Mental hospitals Bombay report 1929-33 - 1929-1933
Year: 1929
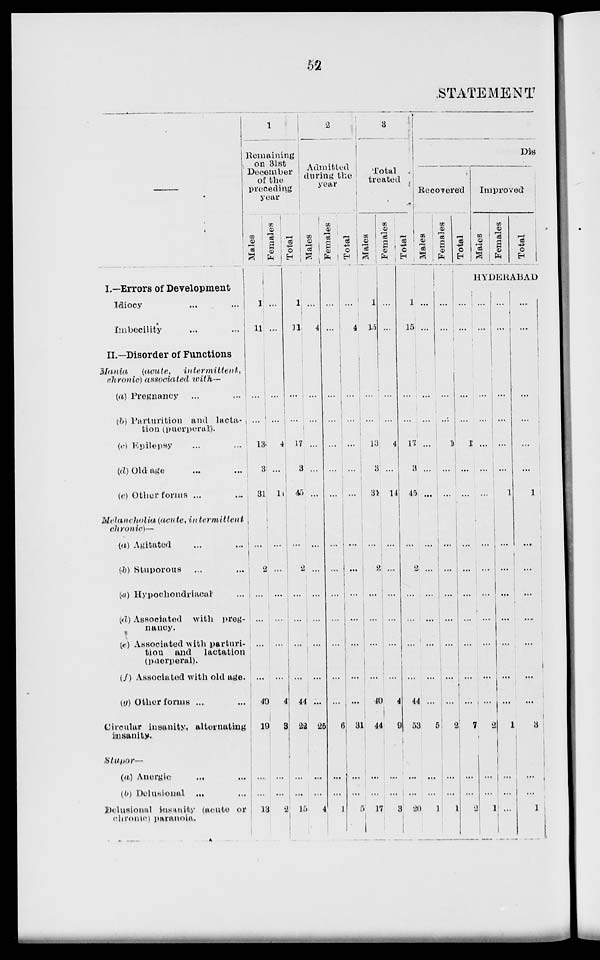
52
STATEMENT
—
I.—Errors of Development
Idiocy ... ...
Imbecility ... ...
II.—Disorder of Functions
Mania
(acute,
intermittent,
chronic) associated with—
(a) Pregnancy
...
....
(b) Parturition and lacta-
fcion (puerperal).
(c) Epilepsy
(d) Old age
(e) Other forms ...
Melancholia (acute, in termittent
chronic)—
(a) Agitated
(b) Stuporous
(c) Hypochondriacal
(d) Associated with preg-
nancy.
(e) Associated with parturi-
tion and lactation
(puerperal).
(f) Associated with old age.
(g) Other forms ...
Circular insanity, alternating
insanity.
Stupor—
(a) Anergic ... ...
(b) Delusional ... ...
Delusional insanity (acute or
chrome) paranoia.
1
Remaining
on 31st
December
of the
preceding
year
Males
1
11
...
...
13
3
31
...
2
...
...
...
...
40
19
...
...
13
Females
...
...
...
...
4
...
l4
...
...
...
...
...
...
4
3
...
...
2
Total
1
11
...
...
17
3
45
...
2
...
...
...
...
44
22
...
...
15
2
Admitted
during the
year
Males
...
4
...
...
...
...
...
...
...
...
...
...
...
...
26
...
...
4
Females
...
...
...
...
...
...
...
...
...
...
...
...
...
...
56
...
...
1
Total
...
4
...
...
...
...
...
...
...
...
...
...
...
31
...
...
5
3
Total
treated
Males
1
15
...
...
13
3
31
...
2
...
...
...
...
40
44
...
...
17
Females
...
...
...
4
...
14
...
...
...
....
...
...
4
9
...
...
3
Total
1
15
...
...
11
45
...
...
...
...
...
...
44
53
...
...
20
Dis
Recovered
Males
...
...
...
...
...
...
...
...
...
...
...
...
...
...
5
...
...
1
Females
...
...
...
...
1
...
...
...
...
...
...
...
...
...
2
...
...
1
Total
Improved
Males
Females
Total
HYDERABAD
...
...
...
...
1
...
...
...
...
....
...
...
...
7
...
...
2
...
...
...
...
...
...
...
...
...
...
...
...
...
...
2
...
...
1
...
...
...
...
...
...
1
...
...
...
...
...
...
...
1
...
...
...
...
...
...
...
...
...
1
...
...
...
..
...
...
...
3
...
...
1